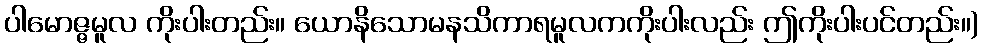
ပါမောဇ္ဇမူလ ကိုးပါးတည်း။ ယောနိသောမနသိကာရမူလကကိုးပါးလည်း ဤကိုးပါးပင်တည်း။)